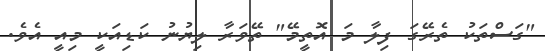
"ގަސްތަކު ތެރޭގަ ފިލާ މަ އޮތީމޭ" ތޭވަރާ ލިޔުނު ކަޑިއަކީ މިއީ އެވެ.